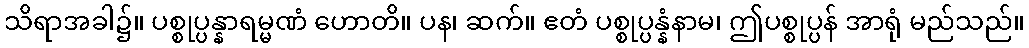
သိရာအခါ၌။ ပစ္စုပ္ပန္နာရမ္မဏံ ဟောတိ။ ပန၊ ဆက်။ ဧတံ ပစ္စုပ္ပန္နံနာမ၊ ဤပစ္စုပ္ပန် အာရုံ မည်သည်။